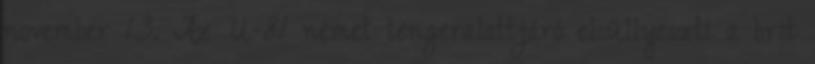
november 13. Az U-81 német tengeralattjáró elsüllyeszti a brit